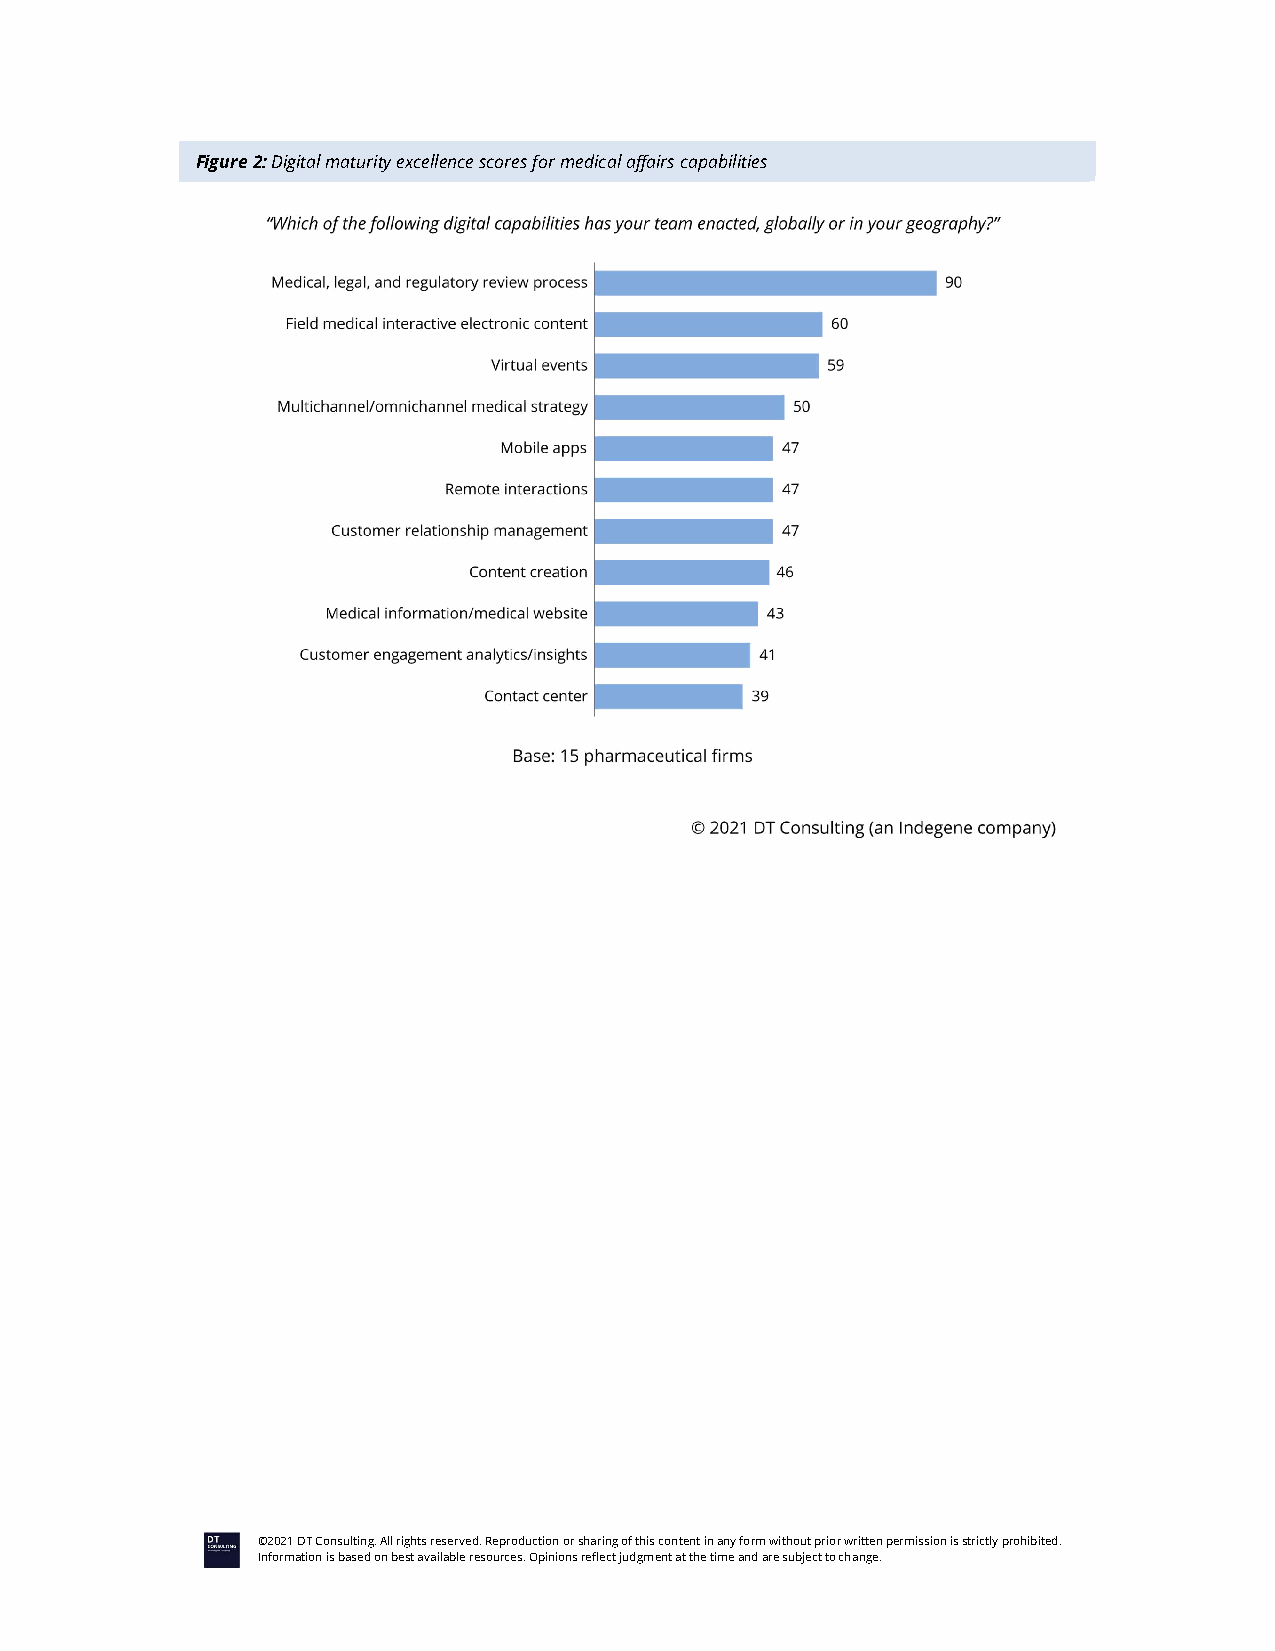
Figure 2: Digital maturity excellence scores for medical affairs capabilities
 ©2021 DT Consulting. All rights reserved. Reproduction or sharing of this content in any form without prior written permission is strictly prohibited.
 Information is based on best available resources. Opinions reflect judgment at the time and are subject to change.